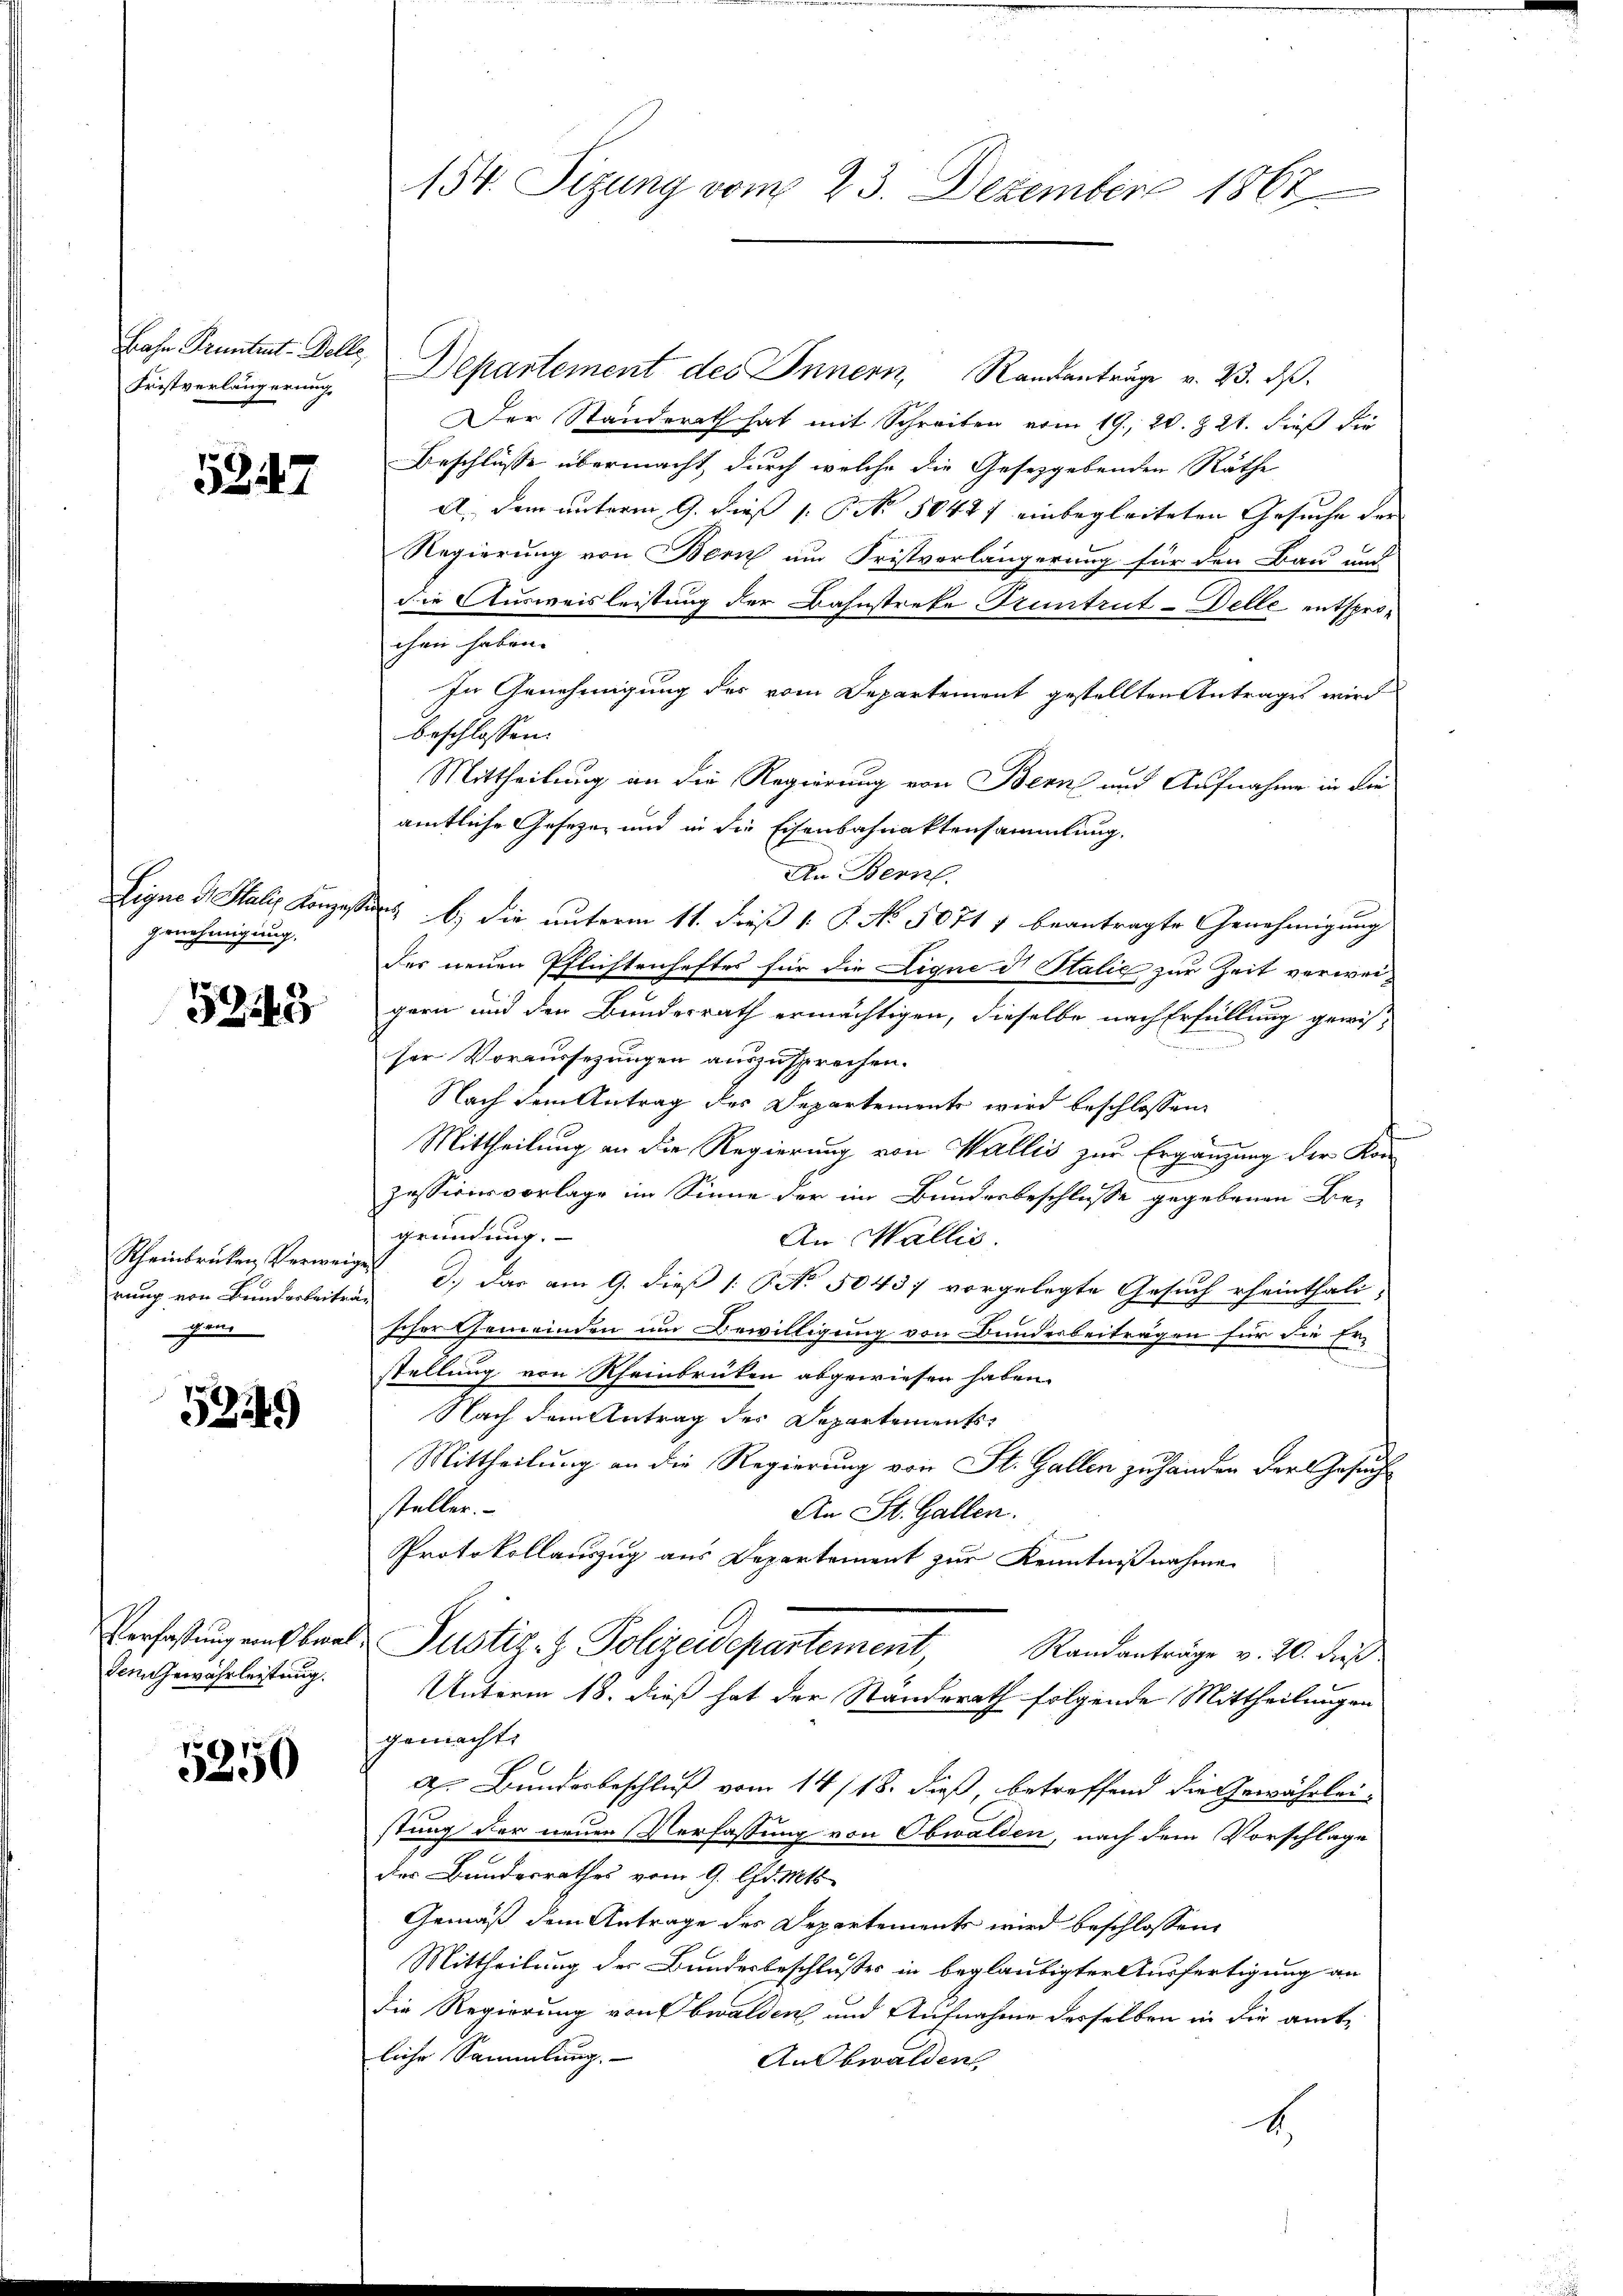
Fristverlängerung

5347

Genehmigung.

52149

Rheinbrücken Verweige
rung von Kinderbeiträg
gen

5249

Verfaßung von Obwaldem Gewährleitung.

5250

Jahr Pruntrut-Belle Departement des Innern, Randanträge v. 23. ds.
Der Standerath hat mit Schreiben vom 19. 20. Z. 21. dieß die
Beschlüsse übermacht, durch welche die Gesetzgebenden Räthe
A. Dem unterm 9. dieß 1. P. No. 50477 einbegleiteten Gesuche der
Regierung von Bern um Fristvorlängerung für den Bau und
die Ausweisleistung der Bahnstreke Pruntrut-Delle entsprochen haben. |
In Genehmigung des vom Departement gestellten Antrages wird
beschlossen:
Mittheilung an die Regierung von Bern und Aufnahme in die
amtliche Gesezen und in die Eisenbahnaktensammlung.
An Bern.
Eigne 3 Stalis Konzessers b. die unterm 11. dieß 1. P. No. 5071 7 beantragte Genehmigung
der neuen Pflichtenheftes für die Ligne d Italić zur Zeit verweigern und den Bundesrath ermächtigen, dieselbe nach Erfüllung gewis
ser Voraussezungen auszusprechen.
Nach dem Antrag des Departements wird beschlossen:
Mittheilung an die Regierung von Wallis zur Ergänzung der Korzessionsvorlage im Sinne der im Bunderbeschlusse gegebenen Be-
gründung.
An Wallis.
 d.) das am 9. dieß (: No 50437 vorgelegte Gesuch rheinthali-
scher Gemeinden um Bewilligung von Bunderbeiträgen für die Er-
stellung von Rheinbrüten abgewiesen haben.
Nach dem Antrag des Departements
Mittheilung an die Regierung von St. Gallen zuhänden der Gesuch
steller.
An St. Gallen.
Protokollauszug aus Departement zur Kenntnißnahme
Justiz- & Polizeidepartement, Randanträge v. 20. dieß
Unterm 18. dieß hat der Ständerath folgende Mittheilungen
gemachte
A. Bunderbeschluß vom 14/18. dieß, betreffend die Gewährleistung der neuen Verfassung von Obwalden, nach dem Vorschlage
des Bundesrathes vom 9. Chr. 1818
Gemäß dem Antrage des Departement wird beschlossene
Mittheilung der Bundesbeschlusses in beglaubigter Ausfertigung an
Die Regierung von Obwalden und Aufnahme desselben in die amtliche Sammlung.
AnObwalden
4.

154. Sizung vom 23. Dezember 1867